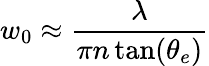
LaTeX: w_{0}\approx\frac{\lambda}{\pi n\tan(\theta_{e})}